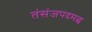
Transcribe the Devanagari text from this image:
तंसंजपदमद्ध